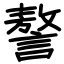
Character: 謷